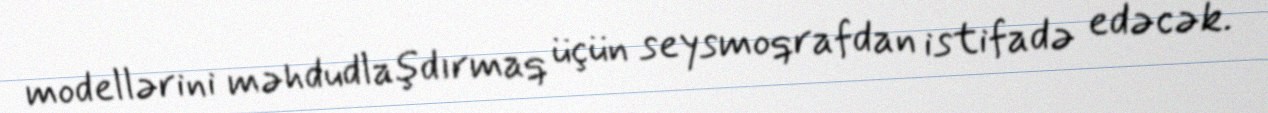
modellərini məhdudlaşdırmaq üçün seysmoqrafdan istifadə edəcək.